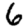
Digit: 6